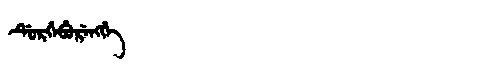
Manchu: ᡩᡠᡵᡤᡝᠪᡠᡵᡝᠩᡤᡝ
Romanization: DURGEBURENGGE